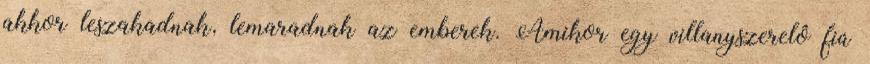
akkor leszakadnak, lemaradnak az emberek. Amikor egy villanyszerelô fiú